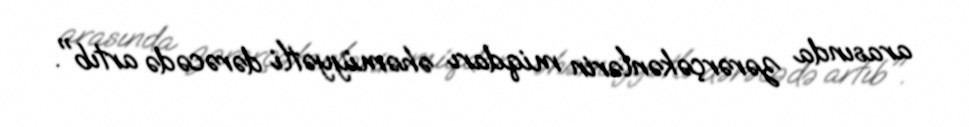
arasında zərərçəkənlərin miqdarı əhəmiyyətli dərəcədə artıb".